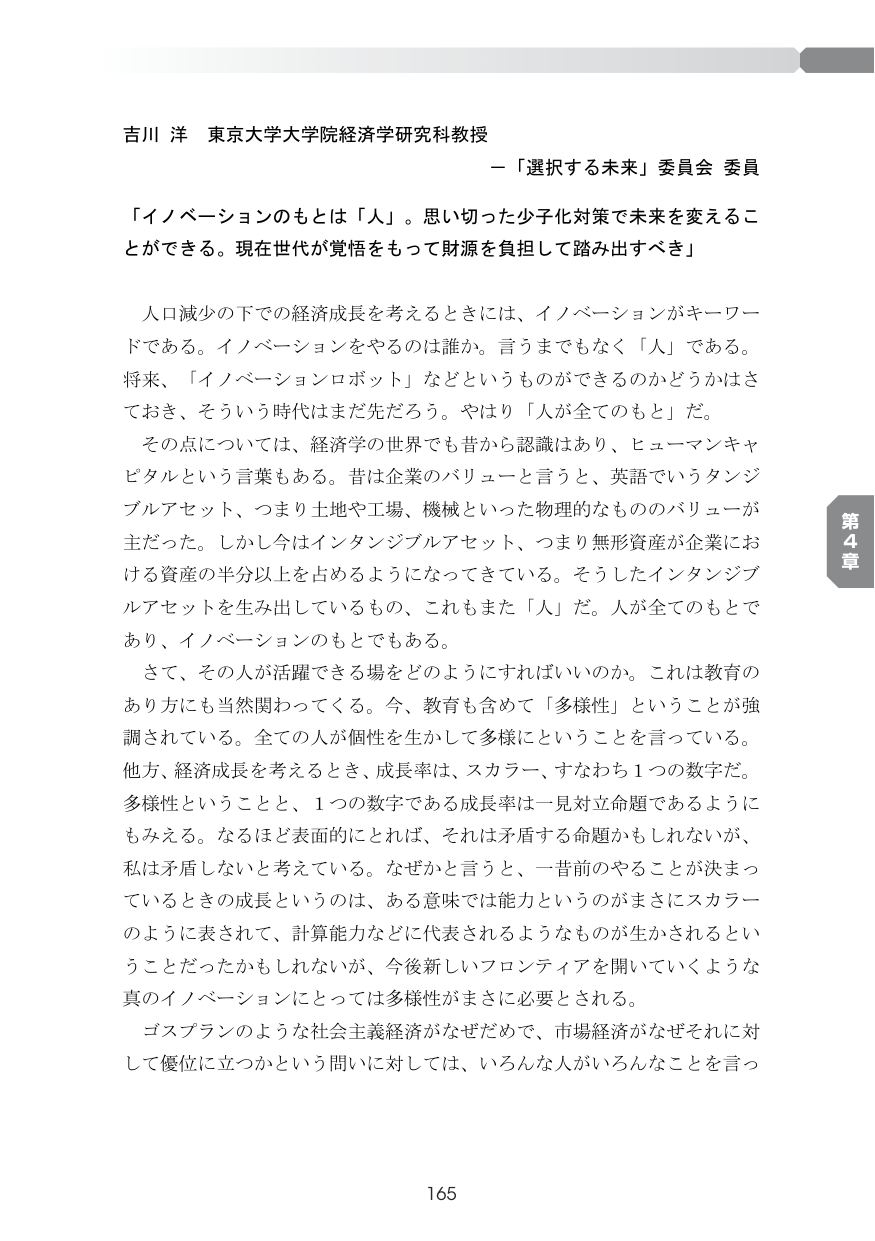
吉川 洋 東京大学大学院経済学研究科教授
－「選択する未来」委員会 委員

「イノベーションのもとは「人」。思い切った少子化対策で未来を変えることができる。現在世代が覚悟をもって財源を負担して踏み出すべき」

人口減少の下での経済成長を考えるときには、イノベーションがキーワードである。イノベーションをやるのは誰か。言うまでもなく「人」である。将来、「イノベーションロボット」などというものができるのかどうかはさておき、そういう時代はまだ先だろう。やはり「人が全てのもと」だ。

その点については、経済学の世界でも昔から認識があり、ヒューマンキャピタルという言葉もある。昔は企業のバリューと言うと、英語でいうタンジブルアセット、つまり土地や工場、機械といった物理的なもののバリューが主だった。しかし今はインタンジブルアセット、つまり無形資産が企業における資産の半分以上を占めるようになってきている。そうしたインタンジブルアセットを生み出しているもの、これもまた「人」だ。人が全てのもとであり、イノベーションのもとでもある。

さて、その人が活躍できる場をどのようにすればいいのか。これは教育のあり方にも当然関わってくる。今、教育も含めて「多様性」ということが強調されている。全ての人が個性を生かして多様にということを言っている。他方、経済成長を考えるとき、成長率は、スカラー、すなわち1つの数字だ。多様性ということと、1つの数字である成長率は一見対立命題であるようにもみえる。なるほど表面的にとれば、それは矛盾する命題かもしれないが、私は矛盾しないと考えている。なぜかと言うと、一昔前のやることが決まっているときの成長というのは、ある意味では能力というのがまさにスカラーのように表されて、計算能力などに代表されるようなものが生かされるということだったかもしれないが、今後新しいフロンティアを開いていくような真のイノベーションにとっては多様性がまさに必要とされる。

ゴスプランのような社会主義経済がなぜだめで、市場経済がなぜそれに対して優位に立つかという問いに対しては、いろんな人がいろんなことを言っ

165

第4章